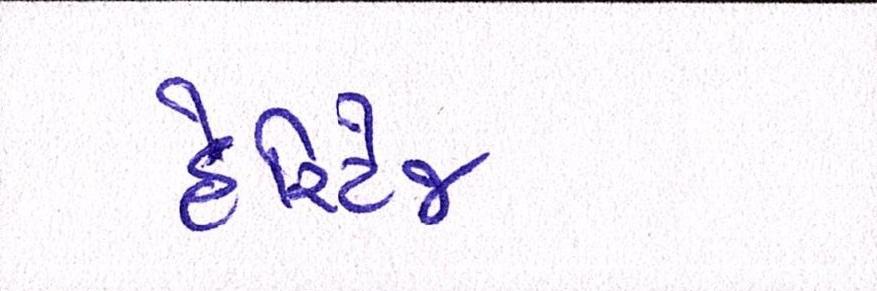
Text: હેરિટેજ